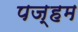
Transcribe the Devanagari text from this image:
पज्हम